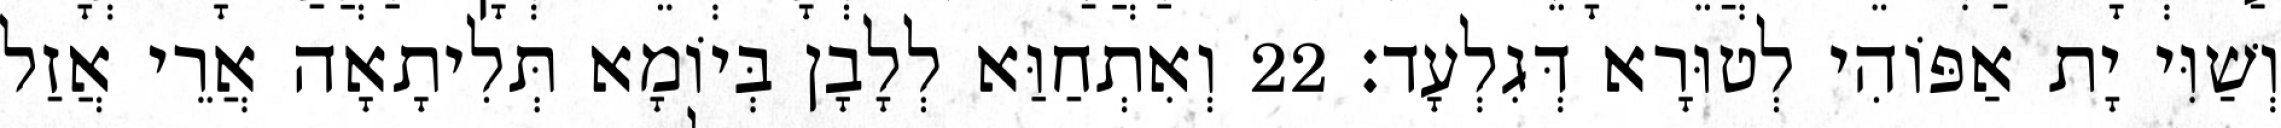
וְשַׁוִּי יָת אַפּוֹהִי לְטוּרָא דְּגִלְעָד׃ 22 וְאִתְחַוַּא לְלָבָן בְּיוֹמָא תְּלִיתָאָה אֲרֵי אֲזַל